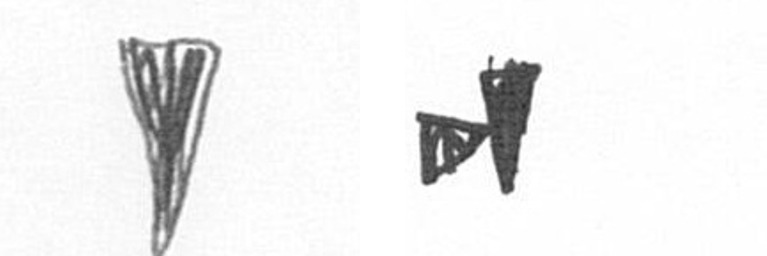
J M